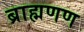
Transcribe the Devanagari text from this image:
ब्राह्मणण